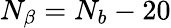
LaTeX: N_{\beta}=N_{b}-20